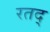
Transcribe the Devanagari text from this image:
रतद्